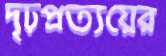
দৃঢ়প্রত্যয়ের